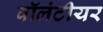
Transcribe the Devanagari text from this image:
वॉलंटीयर